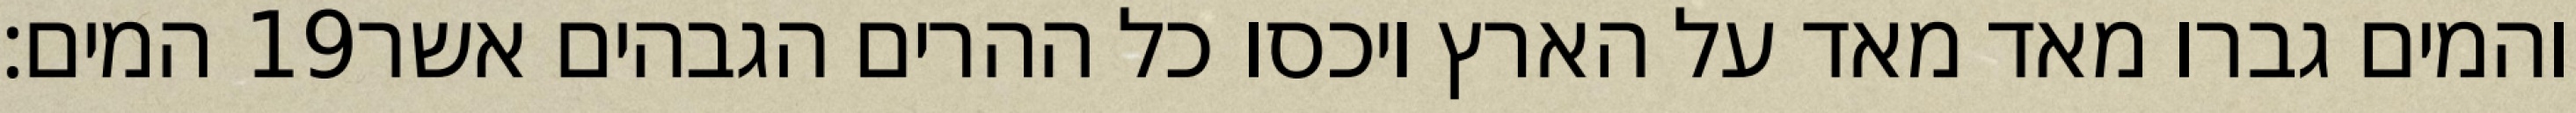
המים׃ ‎19‏ והמים גברו מאד מאד על הארץ ויכסו כל ההרים הגבהים אשר